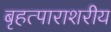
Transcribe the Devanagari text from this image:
बृहत्पाराशरीय